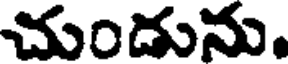
చుండును.